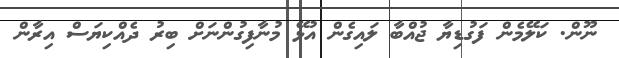
ނޫން. ކަލޭމެން ފަގުޑިޔާ ޖުއްބާ ލައިގެން އުޅޭ މުނާފިގުންނަށް ބިރު ދެއްކިޔަސް އިރާން